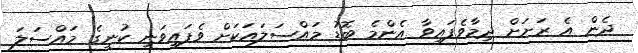
ދެން އެ ރަށަށް ދިމާވެފައިވާ އެންމެ ބޮޑު މައްސަލައަކަށް ވެފައިވަނީ ކުނީގެ މައްސަލަ